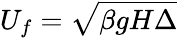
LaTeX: U_{f}=\sqrt{\beta gH\Delta}